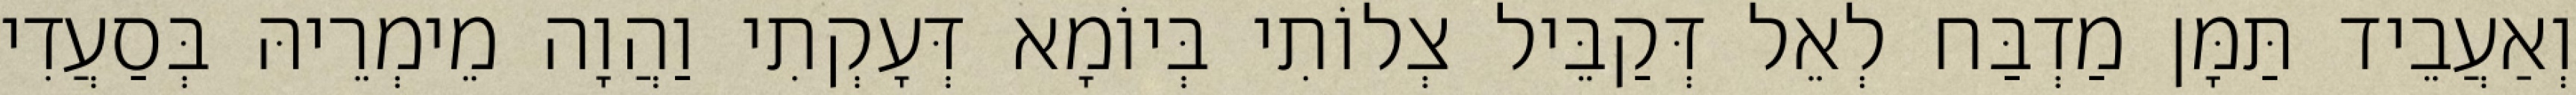
וְאַעֲבֵיד תַּמָּן מַדְבַּח לְאֵל דְּקַבֵּיל צְלוֹתִי בְּיוֹמָא דְּעָקְתִי וַהֲוָה מֵימְרֵיהּ בְּסַעֲדִי